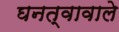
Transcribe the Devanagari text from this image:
घनत्वावाले